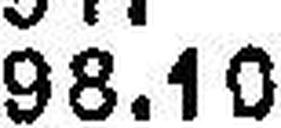
98.10